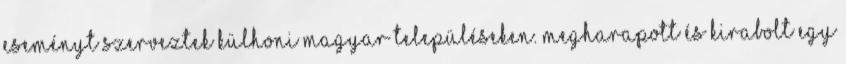
eseményt szerveztek külhoni magyar településeken. Megharapott és kirabolt egy